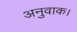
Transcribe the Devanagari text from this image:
अनुवाक।